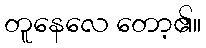
တူနေလေ တော့၏။